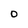
Character: 0